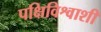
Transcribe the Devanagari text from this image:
पक्षिविश्वाशी